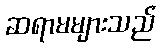
ဆရာမများသည်